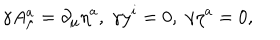
LaTeX: \gamma A _ { \mu } ^ { a } = \partial _ { \mu } \eta ^ { a } , \; \gamma y ^ { i } = 0 , \; \gamma \eta ^ { a } = 0 ,